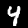
Digit: 4